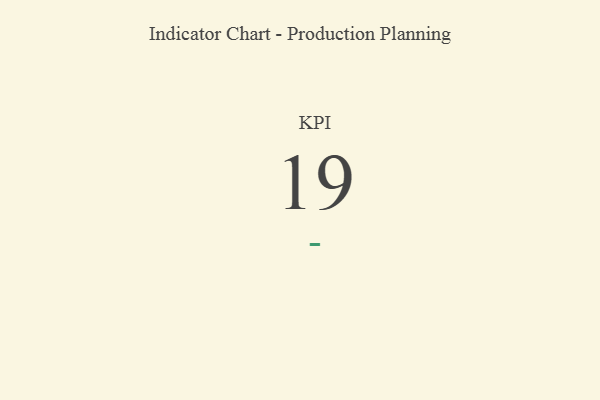
{"axis": {"x": "KPI", "y": "Value"}, "legend": [""], "data": [{"x": "KPI", "y": 19, "type": ""}]}